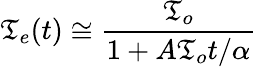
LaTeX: \mathfrak{T}_{e}(t)\cong\frac{{\mathfrak{T}_{o}}}{{1+A\mathfrak{T}_{o}t/\alpha}}